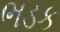
ભડક